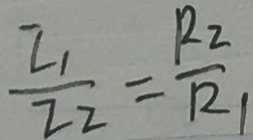
\frac { I _ { 1 } } { I _ { 2 } } = \frac { R 2 } { R _ { 1 } }